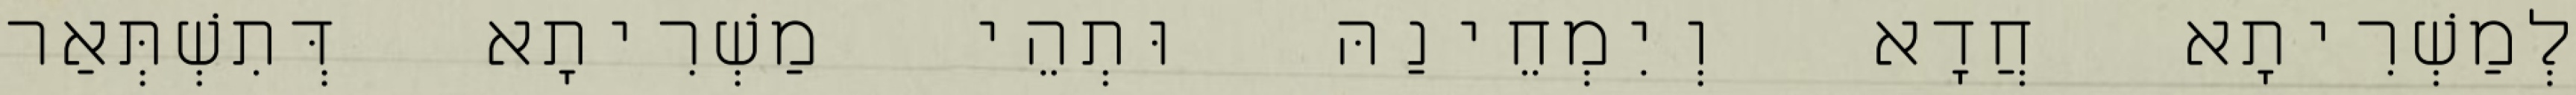
לְמַשְׁרִיתָא חֲדָא וְיִמְחֵינַהּ וּתְהֵי מַשְׁרִיתָא דְּתִשְׁתְּאַר